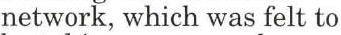
network, which was felt to